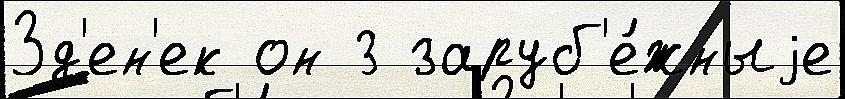
Зд'ен'ек он 3 заруб'е́жныjе